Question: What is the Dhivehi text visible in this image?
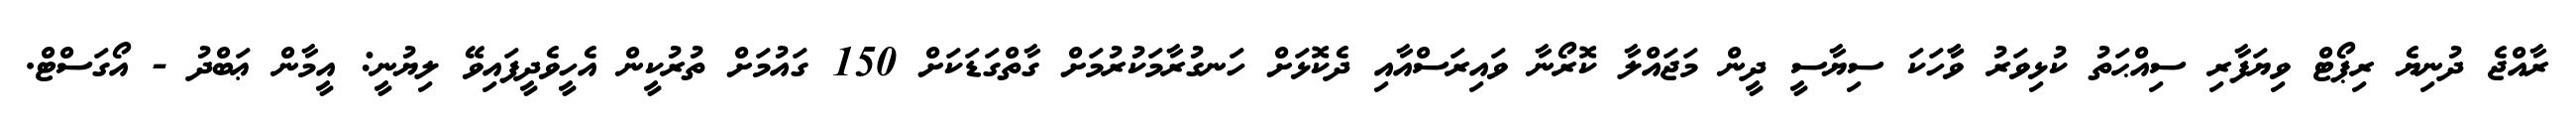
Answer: ރާއްޖެ ދުނިޔެ ރިޕޯޓް ވިޔަފާރި ސިއްޙަތު ކުޅިވަރު ވާާހަކަ ސިޔާސީ ދީން މަޖައްލާ ކޮރޯނާ ވައިރަސްއާއި ދެކޮޅަށް ހަނގުރާމަކުރުމަށް ގާތްގަޑަކަށް 150 ގައުމަށް ތުރުކީން އެހީވެދީފައިވޭ ލިޔުނީ: އީމާން ޢަބްދު - އޯގަސްޓް.